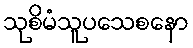
သုစိမံသူပသေစနော